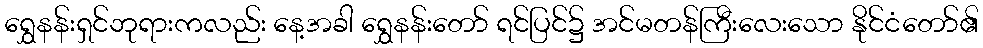
ရွှေနန်းရှင်ဘုရားကလည်း နေ့အခါ ရွှေနန်းတော် ရင်ပြင်၌ အင်မတန်ကြီးလေးသော နိုင်ငံတော်၏